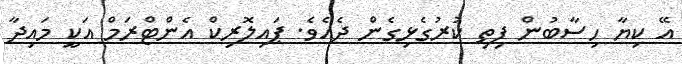
އޭ ކިޔާ ހިސާބުން ފިތި ކުރުގެޅިގެން ދެއެވެ. ޕައިލޮރިކް އެންޓްރަމް އަކީ މައިދާ